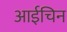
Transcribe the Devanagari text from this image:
आईचिन